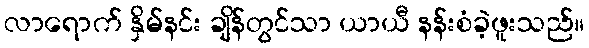
လာရောက် နှိမ်နင်း ချိန်တွင်သာ ယာယီ နန်းစံခဲ့ဖူးသည်။